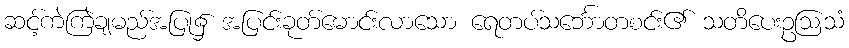
ဆင့်ကဲကြဲချမည်အပြု၌ အပြင်းခုတ်မောင်းလာသော ရေတပ်သင်္ဘောတစင်း၏ သတိပေးဥဩသံ